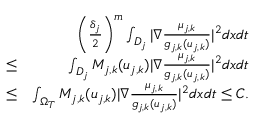
\begin{array} { r l r } & { } & { \left( \frac { \delta _ { j } } { 2 } \right) ^ { m } \int _ { D _ { j } } | \nabla \frac { \mu _ { j , k } } { g _ { j , k } ( u _ { j , k } ) } | ^ { 2 } d x d t } \\ & { \leq } & { \int _ { D _ { j } } M _ { j , k } ( u _ { j , k } ) | \nabla \frac { \mu _ { j , k } } { g _ { j , k } ( u _ { j , k } ) } | ^ { 2 } d x d t } \\ & { \leq } & { \int _ { \Omega _ { T } } M _ { j , k } ( u _ { j , k } ) | \nabla \frac { \mu _ { j , k } } { g _ { j , k } ( u _ { j , k } ) } | ^ { 2 } d x d t \leq C . } \end{array}